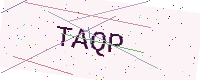
Text: TAQP